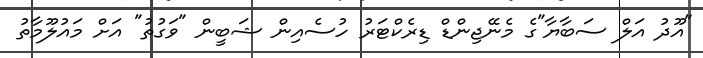
"އޫދު އަލް ސަބާޔާ"ގެ މެނޭޖިންޑް ޑިރެކްޓަރު ހުސެއިން ޝަބީން "ވަގުތު" އަށް މައުލޫމާތު